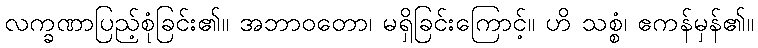
လက္ခဏာပြည့်စုံခြင်း၏။ အဘာဝတော၊ မရှိခြင်းကြောင့်။ ဟိ သစ္စံ၊ ဧကန်မှန်၏။